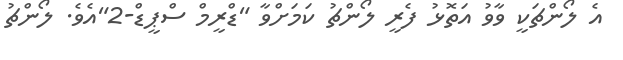
އެ ލޯންޗަކީ ވާވު އަތޮޅު ފެރީ ލޯންޗު ކަމަށްވާ "ޑްރީމް ސްޕީޑް-2"އެވެ. ލޯންޗު